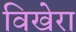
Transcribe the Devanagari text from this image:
विखेरा